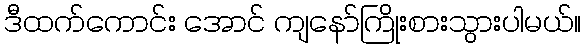
ဒီထက်ကောင်း အောင် ကျနော်ကြိုးစားသွားပါမယ်။